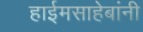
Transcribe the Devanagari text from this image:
हाईमसाहेबांनी